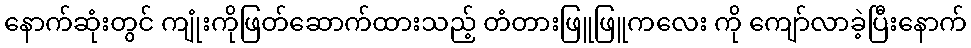
နောက်ဆုံးတွင် ကျုံးကိုဖြတ်ဆောက်ထားသည့် တံတားဖြူဖြူကလေး ကို ကျော်လာခဲ့ပြီးနောက်